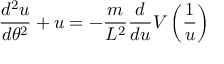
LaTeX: { \frac { d ^ { 2 } u } { d \theta ^ { 2 } } } + u = - { \frac { m } { L ^ { 2 } } } { \frac { d } { d u } } V \left( { \frac { 1 } { u } } \right)